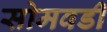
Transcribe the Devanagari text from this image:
सोमवडी